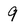
Character: 9